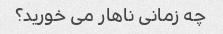
چه زمانی ناهار می خورید؟